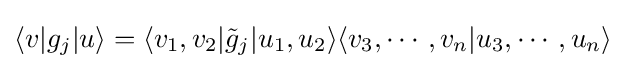
\langle v|g_{j}|u\rangle =\langle v_{1},v_{2}|{\tilde {g}}_{j}|u_{1},u_{2}\rangle \langle v_{3},\cdots ,v_{n}|u_{3},\cdots ,u_{n}\rangle